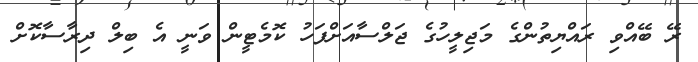
ރޭ ބޭއްވި ރައްޔިތުންގެ މަޖިލީހުގެ ޖަލްސާއަށްފަހު ކޮމެޓީން ވަނީ އެ ބިލް ދިރާސާކޮށް